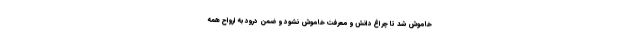
خاموش شد تا چراغ دانش و معرفت خاموش نشود و ضمن درود به ارواح همه